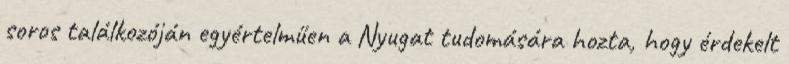
soros találkozóján egyértelműen a Nyugat tudomására hozta, hogy érdekelt